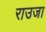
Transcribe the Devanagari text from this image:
राउजा